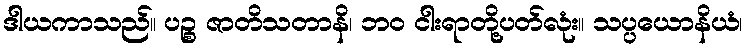
ဒါယကာသည်။ ပဉ္စ ဇာတိသတာနိ၊ ဘဝ ငါးရာတို့ပတ်လုံး။ သပ္ပယောနိယံ၊